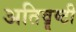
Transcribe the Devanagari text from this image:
अतिवॄष्टी